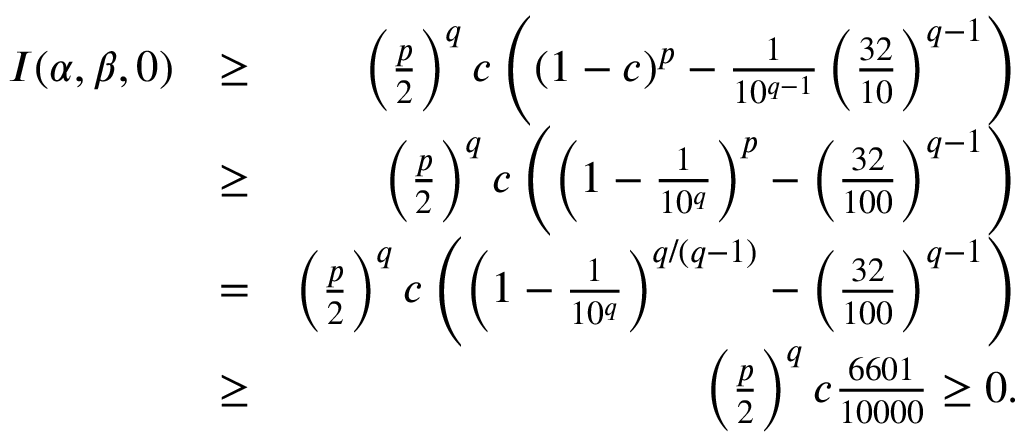
\begin{array} { r l r } { I ( \alpha , \beta , 0 ) } & { \ge } & { \left( \frac { p } { 2 } \right) ^ { q } c \left( ( 1 - c ) ^ { p } - \frac { 1 } { 1 0 ^ { q - 1 } } \left( \frac { 3 2 } { 1 0 } \right) ^ { q - 1 } \right) } \\ & { \ge } & { \left( \frac { p } { 2 } \right) ^ { q } c \left( \left( 1 - \frac { 1 } { 1 0 ^ { q } } \right) ^ { p } - \left( \frac { 3 2 } { 1 0 0 } \right) ^ { q - 1 } \right) } \\ & { = } & { \left( \frac { p } { 2 } \right) ^ { q } c \left( \left( 1 - \frac { 1 } { 1 0 ^ { q } } \right) ^ { q / ( q - 1 ) } - \left( \frac { 3 2 } { 1 0 0 } \right) ^ { q - 1 } \right) } \\ & { \ge } & { \left( \frac { p } { 2 } \right) ^ { q } c \frac { 6 6 0 1 } { 1 0 0 0 0 } \ge 0 . } \end{array}